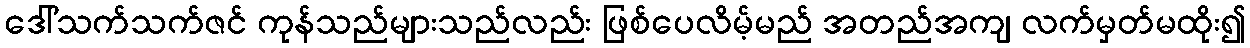
ဒေါ်သက်သက်ဇင် ကုန်သည်များသည်လည်း ဖြစ်ပေလိမ့်မည် အတည်အကျ လက်မှတ်မထိုး၍